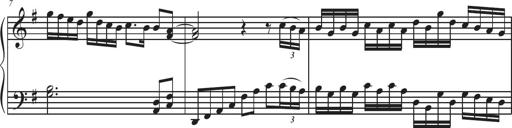
Title: Sonatina Espania
Composer: Jerald Franklin Archer
Key: Various